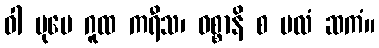
ဝါ ပုမေ ဂူထ ကရီသ၊ ဝစ္စာနိ စ မလံ ဆကံ။